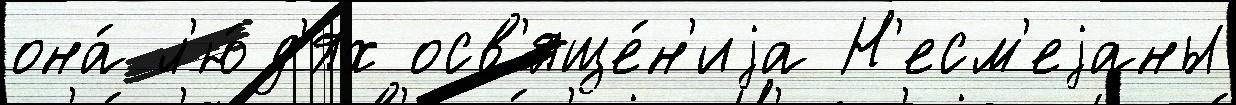
она́ л'ю́д'ях осв'яще́н'иjа Н'есм'еjаны